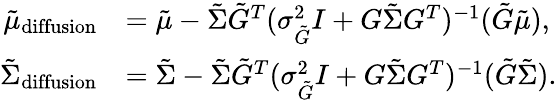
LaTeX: \begin{array}{rl}{\tilde{\mu}_{\mathrm{diffusion}}}&{=\tilde{\mu}-\tilde{\Sigma}\tilde{G}^{T}(\sigma_{\tilde{G}}^{2}I+G\tilde{\Sigma}G^{T})^{-1}(\tilde{G}\tilde{\mu}),}\\ {\tilde{\Sigma}_{\mathrm{diffusion}}}&{=\tilde{\Sigma}-\tilde{\Sigma}\tilde{G}^{T}(\sigma_{\tilde{G}}^{2}I+G\tilde{\Sigma}G^{T})^{-1}(\tilde{G}\tilde{\Sigma}).}\end{array}